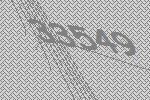
33549